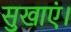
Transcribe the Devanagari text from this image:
सुखाएं।